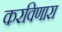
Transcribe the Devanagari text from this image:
करविणारा